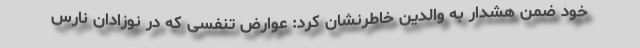
خود ضمن هشدار به والدین خاطرنشان کرد: عوارض تنفسی که در نوزادان نارس